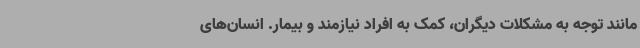
مانند توجه به مشکلات دیگران، کمک به افراد نیازمند و بیمار. انسان‌های